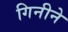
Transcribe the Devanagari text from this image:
गिनीने